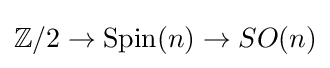
\mathbb {Z} /2\to \operatorname {Spin} (n)\to SO(n)